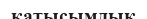
қатысымдық